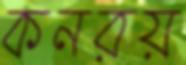
কনরয়